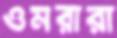
ওমরারা